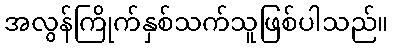
အလွန်ကြိုက်နှစ်သက်သူဖြစ်ပါသည်။